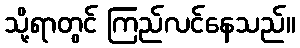
သို့ရာတွင် ကြည်လင်နေသည်။